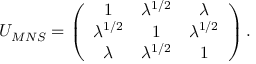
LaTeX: U _ { M N S } = \left( \begin{array} { c c c } { { 1 } } & { { \lambda ^ { 1 / 2 } } } & { { \lambda } } \\ { { \lambda ^ { 1 / 2 } } } & { { 1 } } & { { \lambda ^ { 1 / 2 } } } \\ { { \lambda } } & { { \lambda ^ { 1 / 2 } } } & { { 1 } } \end{array} \right) .